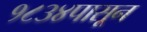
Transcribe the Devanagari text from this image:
१८३४पासून